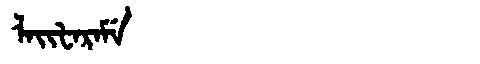
Manchu: ᠯᠠᡳᡶᠠᡵᠠᠮᡝ
Romanization: LAIFARAME